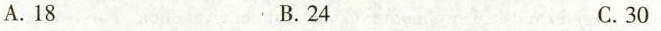
A.18 B.24 C.30